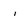
Character: i